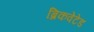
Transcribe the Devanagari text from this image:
ब्रिकवेटेड